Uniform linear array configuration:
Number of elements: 64
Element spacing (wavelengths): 0.5
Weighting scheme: binomial
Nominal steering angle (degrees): -60
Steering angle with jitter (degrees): -59.722
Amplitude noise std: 0.05
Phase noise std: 0.05

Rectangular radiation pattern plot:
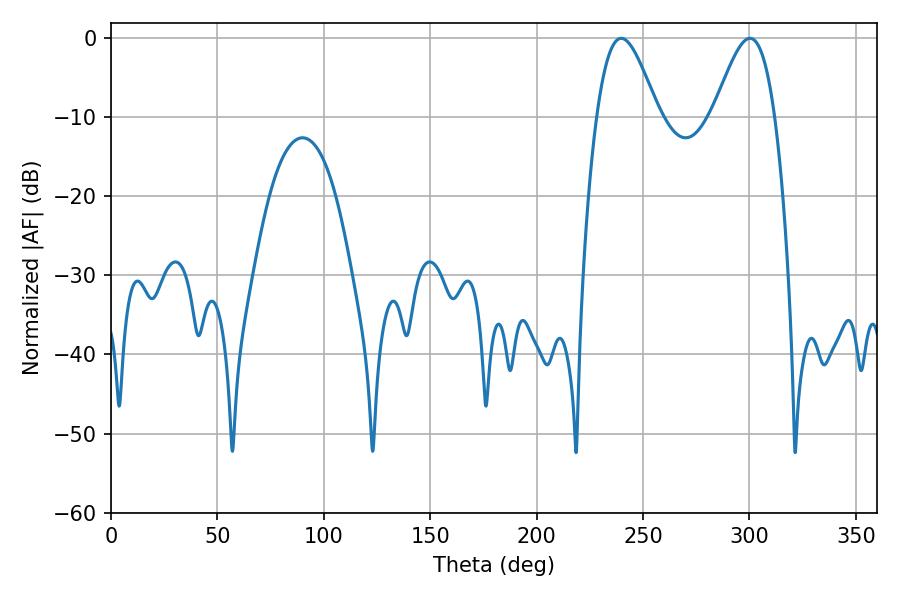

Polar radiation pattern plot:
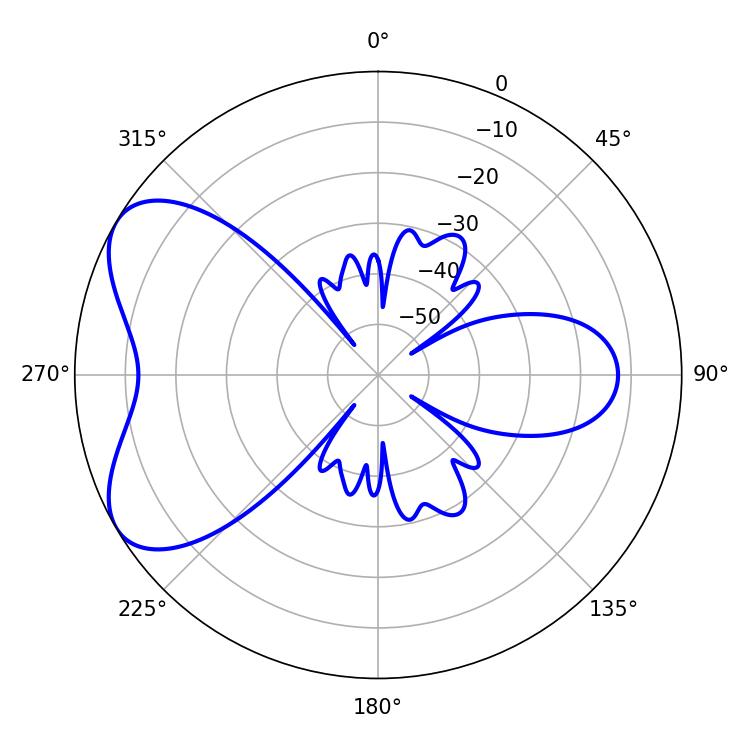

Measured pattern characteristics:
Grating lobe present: FALSE
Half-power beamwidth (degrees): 15.3
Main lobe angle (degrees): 239.76